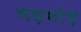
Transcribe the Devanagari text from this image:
भड़भांड़